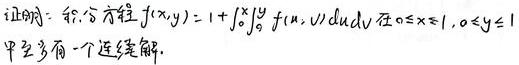
证明: 积分方程 $f(x,y)=1 + \int_{0}^{x}\int_{0}^{y} f(u,v)dudv$ 在 $0\leq x\leq 1,0\leq y\leq 1$ 中至多有一个连续解.